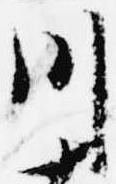
川